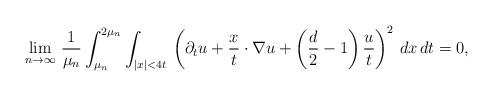
LaTeX: \begin{align*}\lim_{n\to\infty}\,\frac{1}{\mu_n}\int_{\mu_n}^{2\mu_n}\int_{|x|<4t}\,\left(\partial_tu+\frac{x}{t}\cdot\nabla u+\left(\frac{d}{2}-1\right)\frac{u}{t}\right)^2\,dx\,dt=0,\end{align*}